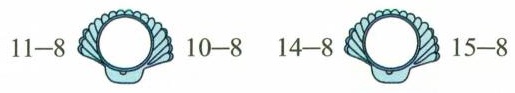
$$11 - 8$$ $$10 - 8$$ $$14 - 8$$ $$15 - 8$$